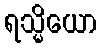
ရသ္မိယော